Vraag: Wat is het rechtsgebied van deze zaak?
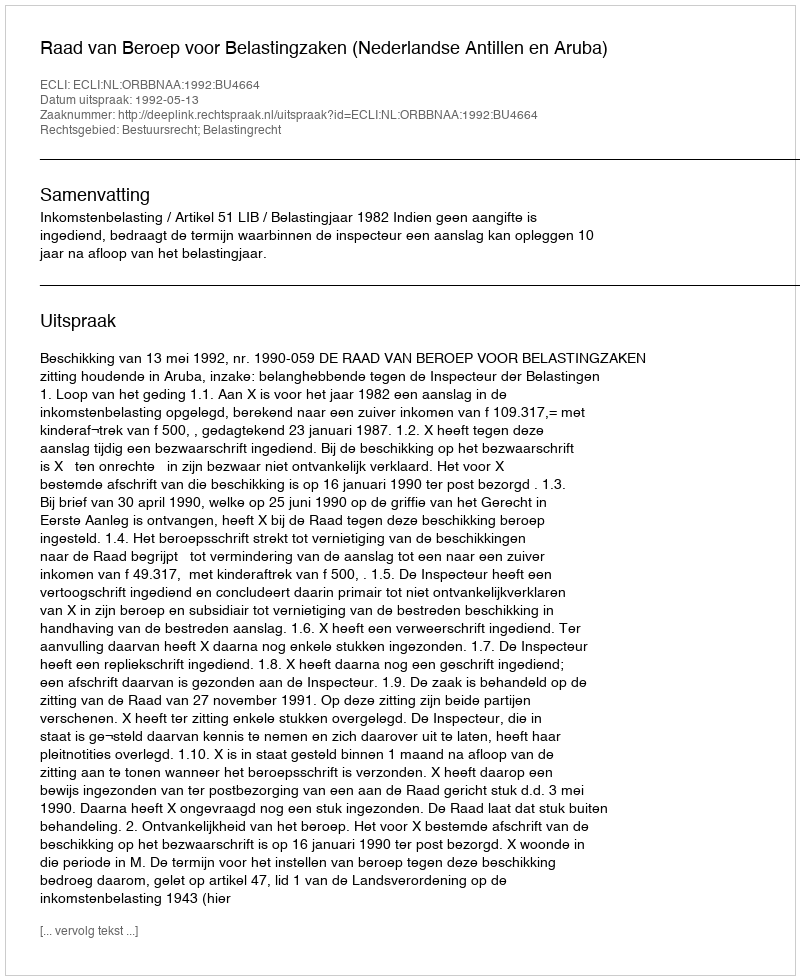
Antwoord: Bestuursrecht; Belastingrecht